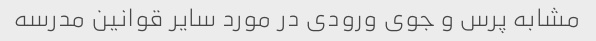
مشابه پرس و جوی ورودی در مورد سایر قوانین مدرسه